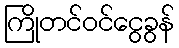
ကြိုတင်ဝင်ငွေခွန်